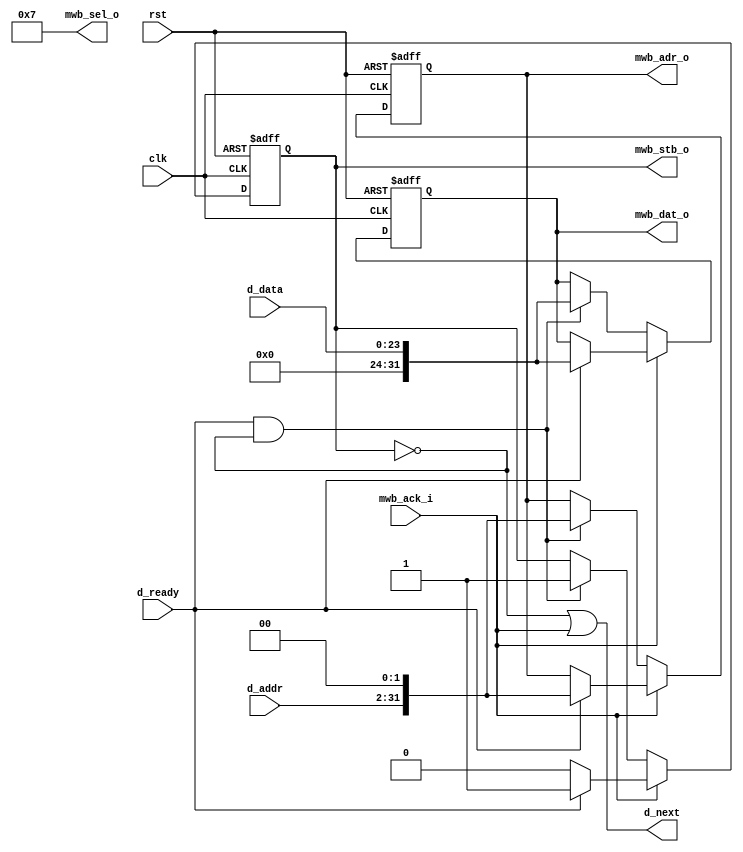
/*
 * Image warping and decay, write destination pixel
 * Copyright (C) 2008 Sebastien Bourdeauducq - http://lekernel.net
 * This file is part of Milkymist.
 *
 * Milkymist is free software; you can redistribute it and/or modify it
 * under the terms of the GNU Library General Public License as published
 * by the Free Software Foundation; either version 2, or (at your option)
 * any later version.
 *
 * This program is distributed in the hope that it will be useful,
 * but WITHOUT ANY WARRANTY; without even the implied warranty of
 * MERCHANTABILITY or FITNESS FOR A PARTICULAR PURPOSE.  See the GNU
 * Library General Public License for more details.
 *
 * You should have received a copy of the GNU Library General Public
 * License along with this program; if not, write to the Free Software
 * Foundation, Inc., 51 Franklin Street, Fifth Floor, Boston, MA 02110-1301,
 * USA.
 */

module writedest(
	input clk,
	input rst,

	/* Data */
	input [29:0] d_addr,
	input [23:0] d_data,
	input d_ready,
	output d_next,

	/* WISHBONE master, write-only */
	output reg [31:0] mwb_adr_o,
	output reg mwb_stb_o, /* implies WE signal */
	input mwb_ack_i,
	output reg [31:0] mwb_dat_o,
	output [3:0] mwb_sel_o
);

assign mwb_sel_o = 4'b0111;

assign d_next = ~mwb_stb_o | mwb_ack_i;

always @(posedge clk or posedge rst) begin
	if(rst) begin
		mwb_adr_o <= 0;
		mwb_stb_o <= 0;
		mwb_dat_o <= 0;
	end else begin
		if(mwb_ack_i) begin
			if(d_ready) begin
				mwb_adr_o <= {d_addr, 2'b00};
				mwb_dat_o <= {8'h00, d_data};
				mwb_stb_o <= 1;
			end else
				mwb_stb_o <= 0;
		end else begin
			if(d_ready & ~mwb_stb_o) begin
				mwb_adr_o <= {d_addr, 2'b00};
				mwb_dat_o <= {8'h00, d_data};
				mwb_stb_o <= 1;
			end
		end
	end
end

endmodule